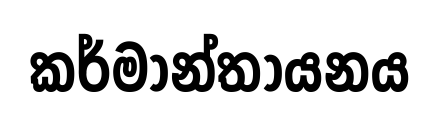
කර්මාන්තායනය